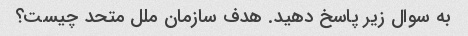
به سوال زیر پاسخ دهید. هدف سازمان ملل متحد چیست؟